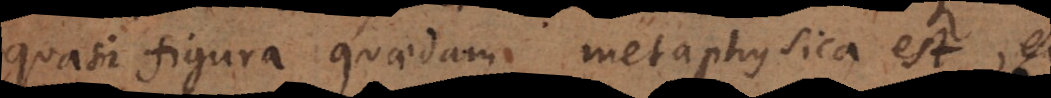
quasi figura quaedam metaphysica est, et